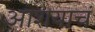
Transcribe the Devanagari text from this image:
आशयाचं